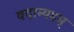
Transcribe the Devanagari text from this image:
वदाम्यहम्